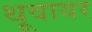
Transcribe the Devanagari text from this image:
थूवायर